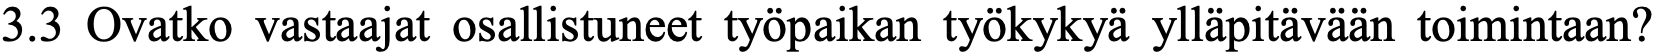
3.3 Ovatko vastaajat osallistuneet työpaikan työkykyä ylläpitävään toimintaan?